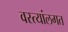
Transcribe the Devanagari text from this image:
वस्त्यांलगत